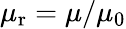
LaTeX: \mu_{\mathrm{r}}=\mu/\mu_{0}